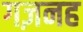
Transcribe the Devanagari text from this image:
गज़नह